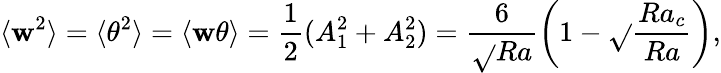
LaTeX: \langle\mathbf{w}^{2}\rangle=\langle\theta^{2}\rangle=\langle\mathbf{w}\theta\rangle=\frac{{1}}{{2}}(A_{1}^{2}+A_{2}^{2})=\frac{{6}}{{\sqrt{}{{Ra}}}}\left(1-\sqrt{}{{\frac{{Ra_{c}}}{{Ra}}}}\right),